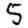
Digit: 5